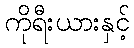
ကိုရီးယားနှင့်